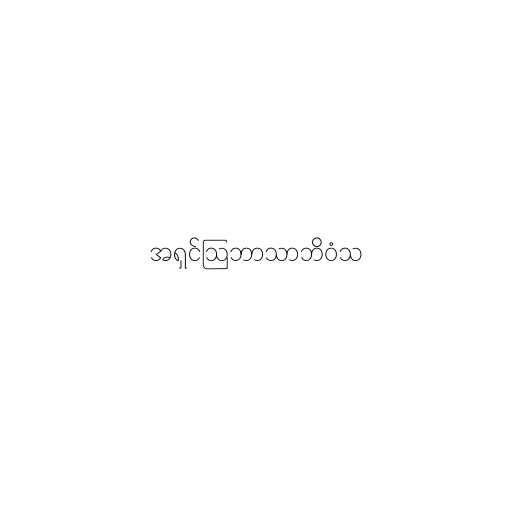
အရှင်သြဘာသာဘိဝံသ